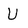
Character: U